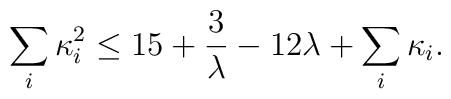
\sum_i\kappa_i^2\leq 15 + {3\over \lambda} - 12\lambda + \sum_i\kappa_i.